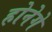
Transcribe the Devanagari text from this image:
होनेगे